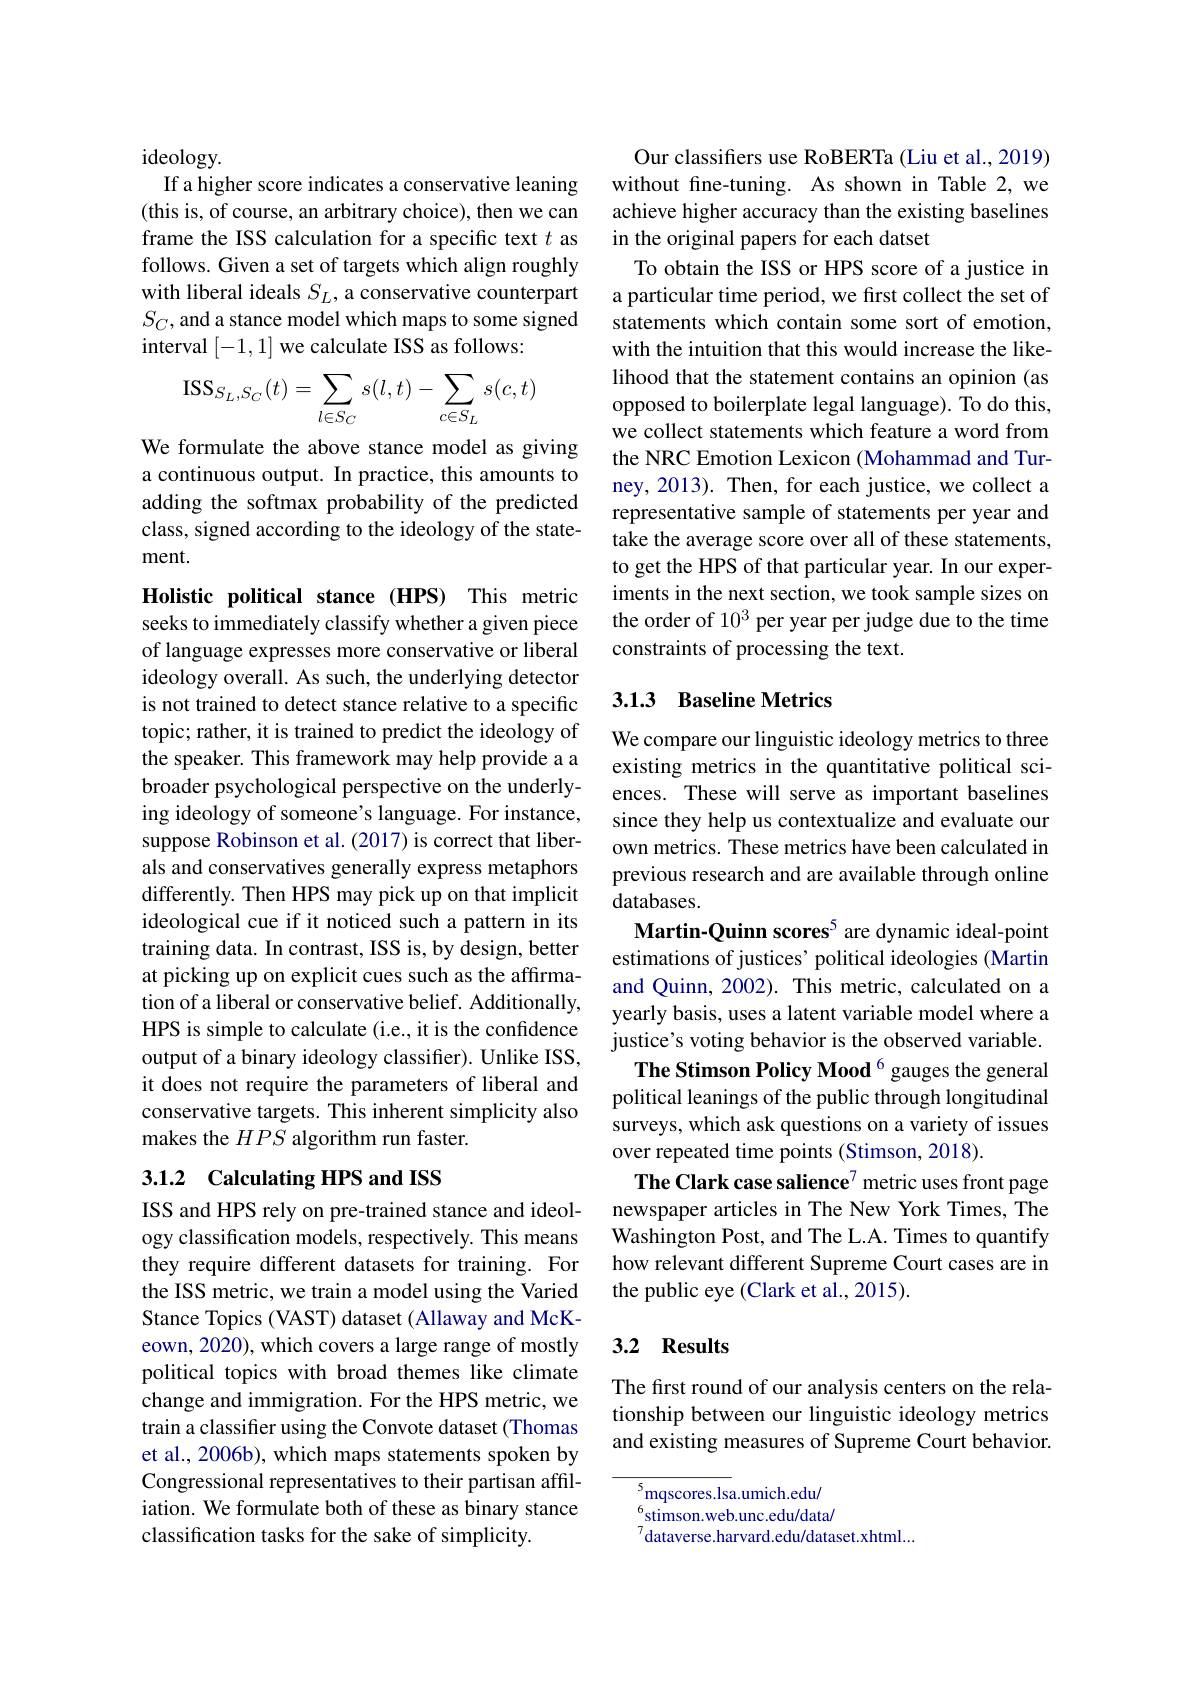
ideology.
If a higher score indicates a conservative leaning (this is, of course, an arbitrary choice), then we can frame the ISS calculation for a specific text $t$ as follows. Given a set of targets which align roughly with liberal ideals $S_L$, a conservative counterpart $S_C$,and a stance model which maps to some signed interval [-1,1] we calculate ISS as follows:
$$\mathrm{ISS}_{S_L,S_C}(t)=\sum\limits_{l\in S_C}s(l,t)-\sum\limits_{c\in S_L}s(c,t)$$
We formulate the above stance model as giving a continuous output. In practice, this amounts to adding the softmax probability of the predicted class, signed according to the ideology of the statement.

Holistic political stance (HPS) This metric seeks to immediately classify whether a given piece of language expresses more conservative or liberal ideology overall. As such, the underlying detector is not trained to detect stance relative to a specific topic; rather, it is trained to predict the ideology of the speaker. This framework may help provide a a broader psychological perspective on the underlying ideology of someone's language. For instance, suppose Robinson et al. (2017) is correct that liberals and conservatives generally express metaphors differently. Then HPS may pick up on that implicit ideological cue if it noticed such a pattern in its training data. In contrast, ISS is, by design, better at picking up on explicit cues such as the affirmation of a liberal or conservative belief. Additionally, HPS is simple to calculate (i.e., it is the confidence output of a binary ideology classifier). Unlike ISS, it does not require the parameters of liberal and conservative targets. This inherent simplicity also makes the $HPS$ algorithm run faster.

### 3.1.2 Calculating HPS and ISS

ISS and HPS rely on pre-trained stance and ideology classification models, respectively. This means they require different datasets for training. For the ISS metric, we train a model using the Varied Stance Topics (VAST) dataset (Allaway and McKeown, 2020), which covers a large range of mostly political topics with broad themes like climate change and immigration. For the HPS metric, we train a classifer using the Convote dataset (Thomas et al., 2006b), which maps statements spoken by Congressional representatives to their partisan affiliation. We formulate both of these as binary stance classification tasks for the sake of simplicity.

Our classifiers use RoBERTa (Liu et al., 2019) without fine-tuning. As shown in Table 2, we achieve higher accuracy than the existing baselines in the original papers for each datset

To obtain the ISS or HPS score of a justice in a particular time period, we first collect the set of statements which contain some sort of emotion, with the intuition that this would increase the likelihood that the statement contains an opinion (as opposed to boilerplate legal language). To do this, we collect statements which feature a word from the NRC Emotion Lexicon (Mohammad and Turney, 2013). Then, for each justice, we collect a representative sample of statements per year and take the average score over all of these statements, to get the HPS of that particular year. In our experiments in the next section, we took sample sizes on the order of 103 per year per judge due to the time constraints of processing the text.

## 3.1.3 Baseline Metrics

We compare our linguistic ideology metrics to three existing metrics in the quantitative political sciences. These will serve as important baselines since they help us contextualize and evaluate our own metrics. These metrics have been calculated in previous research and are available through online databases.
Martin-Quinn scores$^{5}$ are dynamic ideal-point estimations of justices' political ideologies (Martin and Quinn, 2002). This metric, calculated on a yearly basis, uses a latent variable model where a justice's voting behavior is the observed variable.
The Stimson Policy Mood 6 gauges the general political leanings of the public through longitudinal surveys, which ask questions on a variety of issues over repeated time points (Stimson, 2018).
The Clark case salience$^{7}$ metric uses front page newspaper articles in The New York Times, The Washington Post, and The L.A. Times to quantify how relevant different Supreme Court cases are in the public eye (Clark et al., 2015).

### 3.2 Results

The first round of our analysis centers on the relationship between our linguistic ideology metrics and existing measures of Supreme Court behavior.

$^5{\mathrm{mqscores.lsa.umich.edu/}}$ $^{6}$stimson.web.unc.edu/data/ $^{7}$dataverse.harvard.edu/dataset.xhtml....